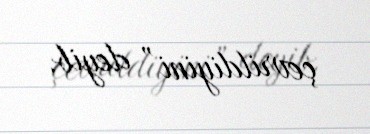
çevrildiyini” deyib.